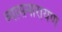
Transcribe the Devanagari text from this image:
व्यासनारायण